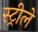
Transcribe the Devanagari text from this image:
स्ट्रीले